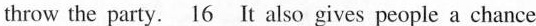
throw the party.\underline{16}It also gives people a chance